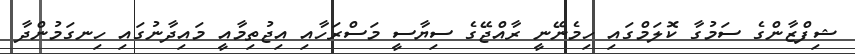
ޝިފްޒާންގެ ސަމުގާ ކޮލަމްގައި ހިމެނޭނީ ރާއްޖޭގެ ސިޔާސީ މަސްރަހާއި އިޖުތިމާއީ މައިދާނުގައި ހިނގަމުންދާ